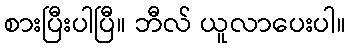
စားပြီးပါပြီ။ ဘီလ် ယူလာပေးပါ။